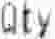
QTY